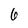
Character: 6